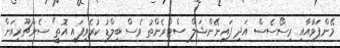
މޭންޕަވާއާއި ރިސޯސެސް އަދި ފައިނޭންޝަލް ސްޓްރެންތު ވެސް ބިލްޑު ކުރެވިފައި އޮތީ" ސެންޗޫރިއަން